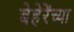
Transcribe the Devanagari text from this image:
बेहेरेंच्या